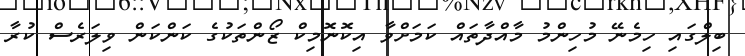
ބިލްގައި ހިމެނޭ މުހިންމު މާއްދާތައް ކަމަށްވާ އިކޮނޮމިކް ޒޯންތަކުގެ ކަންކަން ވިލަރެސް ކުރާ